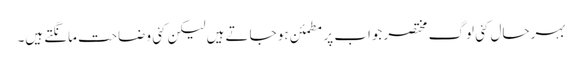
بہرحال کئی لوگ مختصر جواب پر مطمئن ہو جاتے ہیں لیکن کئی وضاحت مانگتے ہیں۔